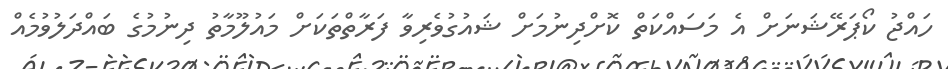
ހައްޖު ކޯޕަރޭޝަނަށް އެ މަސައްކަތް ކޮށްދިނުމަށް ޝައުގުވެރިވާ ފަރާތްތަކަށް މައުލޫމާތު ދިނުމުގެ ބައްދަލުވުމެއް